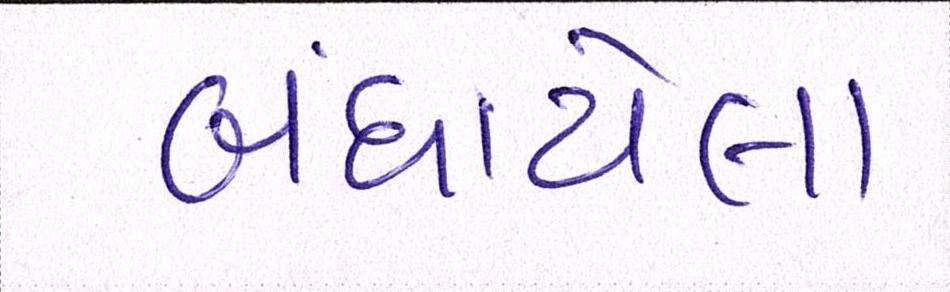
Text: બંધાયેલા